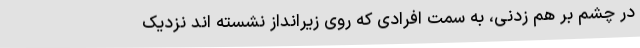
در چشم بر هم زدنی، به سمت افرادی که روی زیرانداز نشسته اند نزدیک